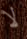
لا